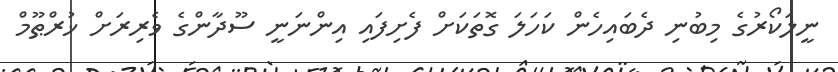
ނީލަކޯރުގެ މިބުނި ދެބައިހެން ކަހަލަ ގޮތަކަށް ފެށިފައި އިންނަނީ ސޫދާންގެ ވެރިރަށް ޚުރްޠޫމް